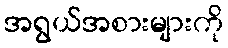
အရွယ်အစားများကို